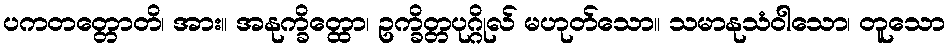
ပကတတ္တောတိ၊ အား။ အနုက္ခိတ္ထော၊ ဥက္ခိတ္တပုဂ္ဂိုလ် မဟုတ်သော။ သမာနုသံဝါသော၊ တူသော